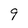
Character: 9